Indian journal of veterinary science and animal husbandry - Volume 11,
Year: 1941
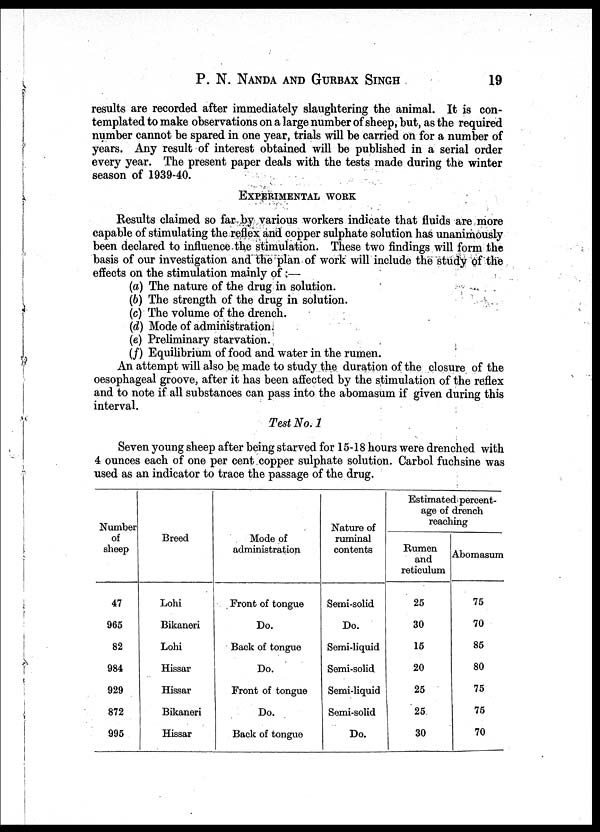
P. N. NANDA AND GURBAX SINGH 19
results are recorded after immediately slaughtering the animal. It is con-
templated to make observations on a large number of sheep, but, as the required
number cannot be spared in one year, trials will be carried on for a number of
years. Any result of interest obtained will be published in a serial order
every year. The present paper deals with the tests made during the winter
season of 1939-40.
EXPERIMENTAL WORK
Results claimed so far by various workers indicate that fluids are more
capable of stimulating the reflex and copper sulphate solution has unanimously
been declared to influence the stimulation. These two findings will form the
basis of our investigation and the plan of work will include the study of the
effects on the stimulation mainly of :—
(a) The nature of the drug in solution.
(b) The strength of the drug in solution.
(c) The volume of the drench.
(d) Mode of administration.
(e) Preliminary starvation.
(f) Equilibrium of food and water in the rumen.
An attempt will also be made to study the duration of the closure of the
oesophageal groove, after it has been affected by the stimulation of the reflex
and to note if all substances can pass into the abomasum if given during this
interval.
Test No. 1
Seven young sheep after being starved for 15.18 hours were drenched with
4 ounces each of one per cent copper sulphate solution. Carbol fuchsine was
used as an indicator to trace the passage of the drug.
Number
of
sheep
47
965
82
984
929
872
995
Breed
Lohi
Bikaneri
Lohi
Hissar
Hissar
Bikaneri
Hissar
Mode of
administration
Front of tongue
Do.
Back of tongue
Do.
Front of tongue
Do.
Back of tongue
Nature of
ruminal
contents
Semi-solid
Do.
Semi-liquid
Semi-solid
Semi-liquid
Semi-solid
Do.
Estimated percent-
age of drench
reaching
Rumen
and
reticulum
25
30
15
20
25
25
30
Abomasum
75
70
85
80
75
75
70